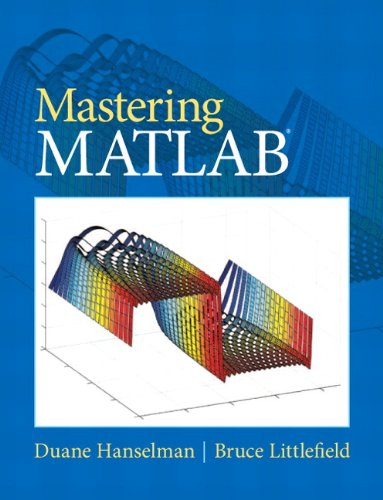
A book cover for Mastering MATLAB; Duane C. Hanselman; Computers & Technology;